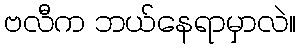
ဗလီက ဘယ်နေရာမှာလဲ။